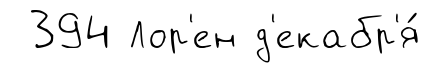
394 Лор'ен д'екабр'я́